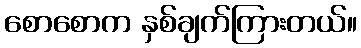
စောစောက နှစ်ချက်ကြားတယ်။